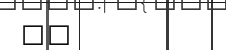
٢٦